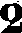
2